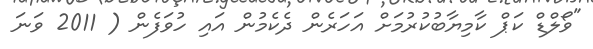
"ވޯލްޑް ކަޕް ކާމިޔާބުކުރުމަށް އަހަރެން ދެކެމުން އައި ހުވަފެން ( 2011 ވަނަ